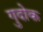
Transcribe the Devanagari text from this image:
गुदोक